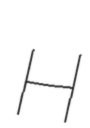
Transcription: H